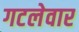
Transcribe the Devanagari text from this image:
गटलेवार